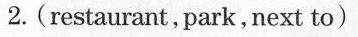
2. (restaurant, park,next to)